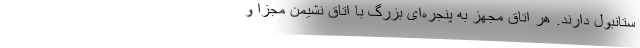
ستانبول دارند. هر اتاق مجهز به پنجره‌ای بزرگ با اتاق نشیمن مجزا و